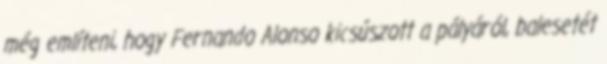
még említeni, hogy Fernando Alonso kicsúszott a pályáról, balesetét